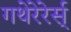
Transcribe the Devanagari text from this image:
गथेरेरेर्स्